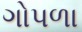
ગોપળા